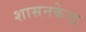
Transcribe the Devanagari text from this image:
शासनकेन्द्र